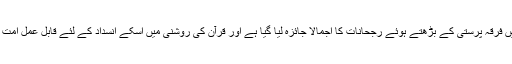
زیر نظر نوشتار میں اہل اسلام میں فرقہ پرستی کے بڑهتے ہوئے رجحانات کا اجمالا جائزہ لیا گیا ہے اور قرآن کی روشنی میں اسکے انسداد کے لئے قابل عمل امت مسلمہ کے سامنے رکھا گیا ہے۔